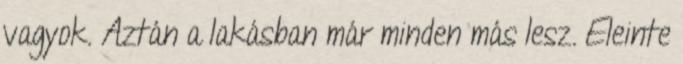
vagyok. Aztán a lakásban már minden más lesz. Eleinte